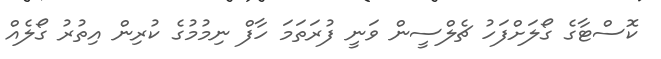
ކޮސްޓާގެ ގޯލަށްފަހު ޗެލްސީން ވަނީ ފުރަތަމަ ހާފް ނިމުމުގެ ކުރިން އިތުރު ގޯލެއް